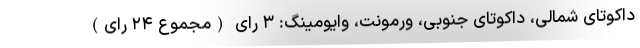
داکوتای شمالی، داکوتای جنوبی، ورمونت، وایومینگ: ۳ رای (مجموع ۲۴ رای)